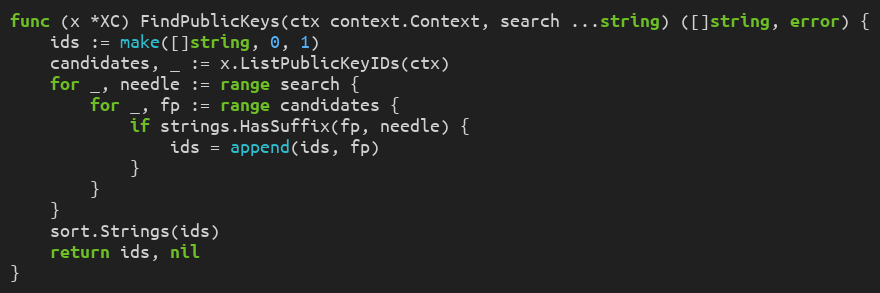
Language: Go
func (x *XC) FindPublicKeys(ctx context.Context, search ...string) ([]string, error) {
	ids := make([]string, 0, 1)
	candidates, _ := x.ListPublicKeyIDs(ctx)
	for _, needle := range search {
		for _, fp := range candidates {
			if strings.HasSuffix(fp, needle) {
				ids = append(ids, fp)
			}
		}
	}
	sort.Strings(ids)
	return ids, nil
}